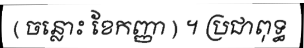
( ចន្លោះ ខែកញ្ញា ) ។ ប្រជាពុទ្ធ